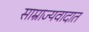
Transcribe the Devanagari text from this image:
साम्राज्यवादात